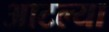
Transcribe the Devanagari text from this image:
आटल्या